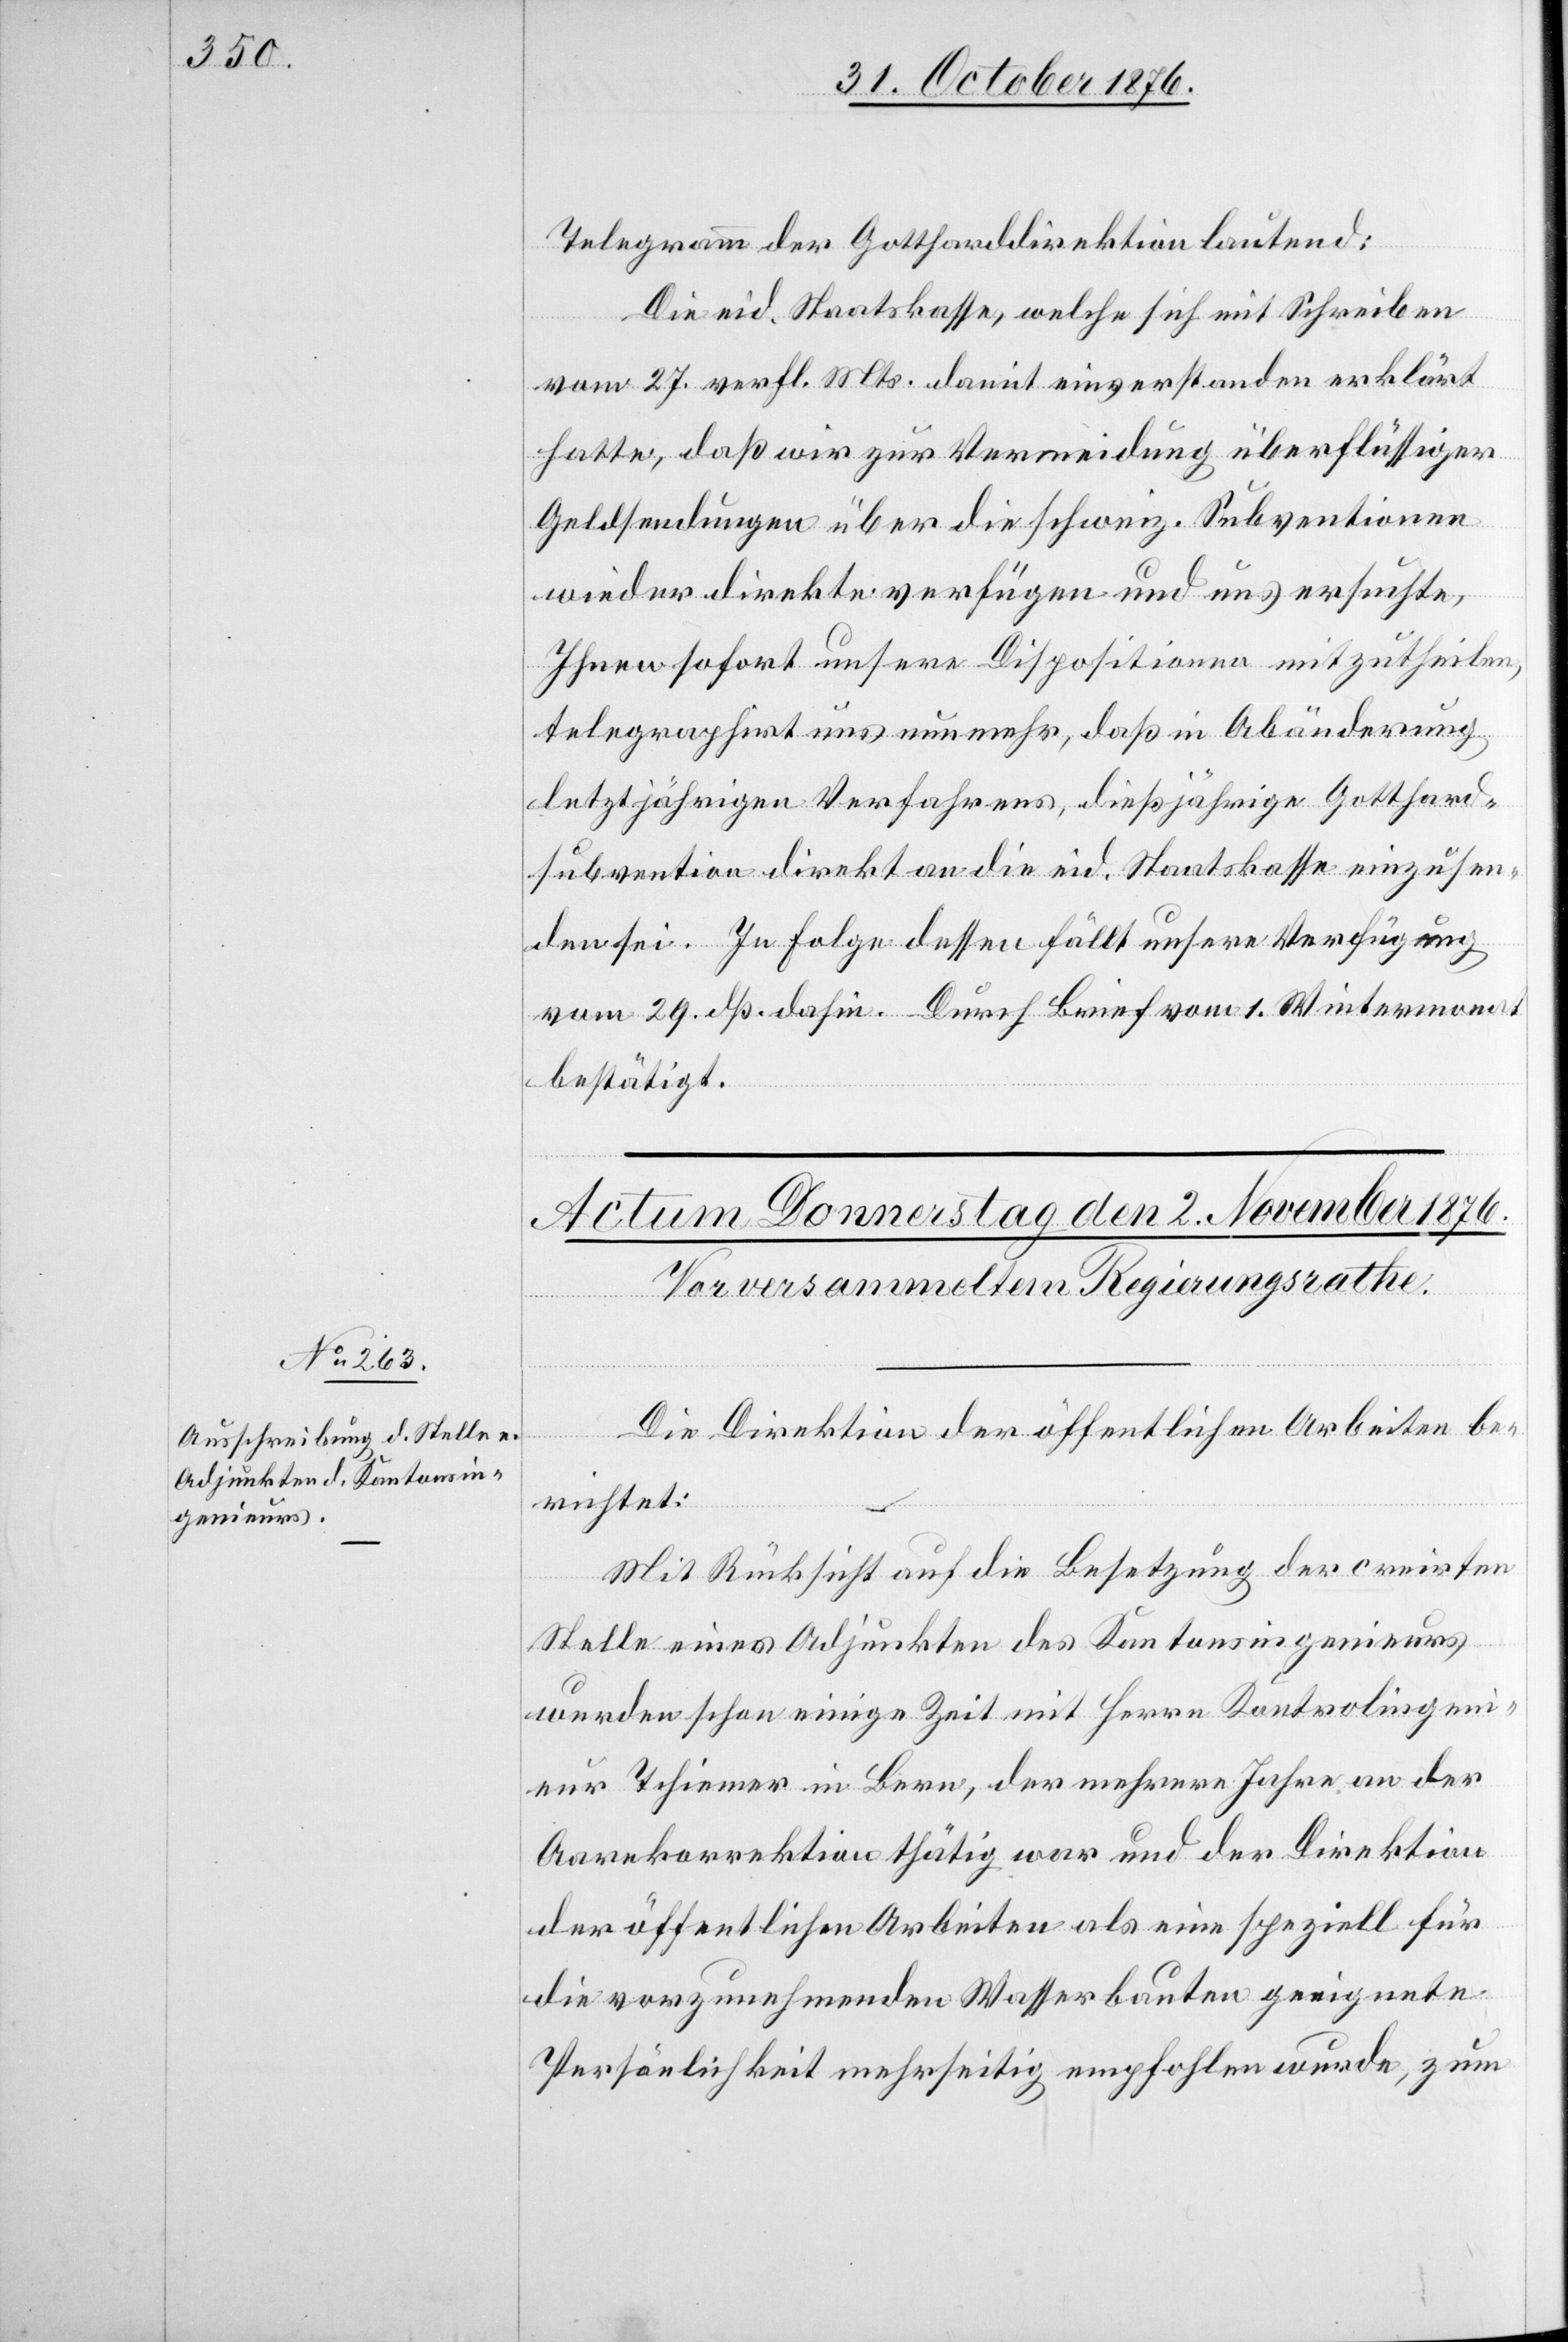
Telegramm der Gotthardbahndirektion lautend:
Die eid. Staatskasse, welche sich mit Schreiben
vom 27. verfl. Mts. damit einverstanden erklärt
hatte, daß wir zur Vermeidung überflüssiger
Geldsendungen über die schweiz. Subventionen
wieder direkte verfügen und uns ersuchte,
Ihnen sofort unsere Dispositionen mitzutheilen,
telegraphirt uns nunmehr, daß in Abänderung
letztjährigen Verfahrens, dießjährige Gotthard¬
subvention direkt an die eid. Staatskasse einzusen¬
den sei. In Folge dessen fällt unsere Verfügung
vom 29. dß. dahin. Durch Brief vom 1. Wintermonat
bestätigt.
Die Direktion der öffentlichen Arbeiten be¬
richtet:
Mit Rücksicht auf die Besetzung der creirten
Stelle eines Adjunkten des Kantonsingenieurs
wurden schon einige Zeit mit Herrn Kontrolingeni¬
eur Tchiemer in Bern, der mehrere Jahre an der
Aarekorrektion thätig war und der Direktion
der öffentlichen Arbeiten als eine speziell für
die vorzunehmenden Wasserbauten geeignete
Persönlichkeit mehrseitig empfohlen wurde, zum